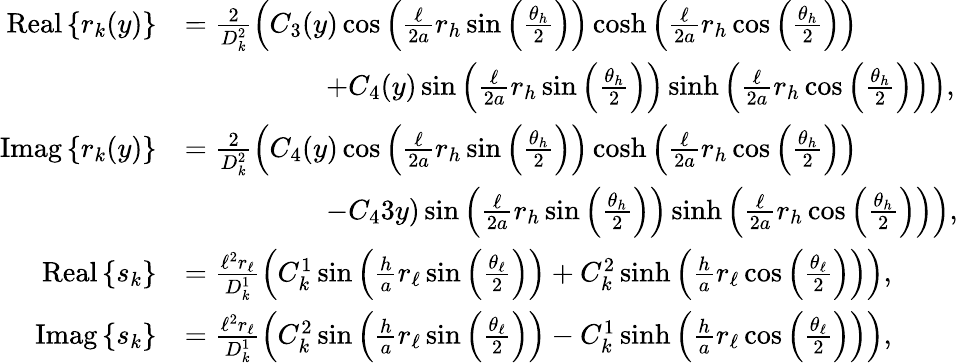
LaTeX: \begin{array}{rl}{\mathrm{Real}\left\{ r_{k}(y)\right\} }&{=\frac{2}{D_{k}^{2}}\left(C_{3}(y)\cos\left(\frac{\ell}{2a}r_{h}\sin\left(\frac{\theta_{h}}{2}\right)\right)\cosh\left(\frac{\ell}{2a}r_{h}\cos\left(\frac{\theta_{h}}{2}\right)\right)\right.}\\ &{\quad\quad\quad\quad\quad\left.+C_{4}(y)\sin\left(\frac{\ell}{2a}r_{h}\sin\left(\frac{\theta_{h}}{2}\right)\right)\sinh\left(\frac{\ell}{2a}r_{h}\cos\left(\frac{\theta_{h}}{2}\right)\right)\right),}\\ {\mathrm{Imag}\left\{ r_{k}(y)\right\} }&{=\frac{2}{D_{k}^{2}}\left(C_{4}(y)\cos\left(\frac{\ell}{2a}r_{h}\sin\left(\frac{\theta_{h}}{2}\right)\right)\cosh\left(\frac{\ell}{2a}r_{h}\cos\left(\frac{\theta_{h}}{2}\right)\right)\right.}\\ &{\quad\quad\quad\quad\quad\left.-C_{4}3y)\sin\left(\frac{\ell}{2a}r_{h}\sin\left(\frac{\theta_{h}}{2}\right)\right)\sinh\left(\frac{\ell}{2a}r_{h}\cos\left(\frac{\theta_{h}}{2}\right)\right)\right),}\\ {\mathrm{Real}\left\{ s_{k}\right\} }&{=\frac{\ell^{2}r_{\ell}}{D_{k}^{1}}\left(C_{k}^{1}\sin\left(\frac{h}{a}r_{\ell}\sin\left(\frac{\theta_{\ell}}{2}\right)\right)+C_{k}^{2}\sinh\left(\frac{h}{a}r_{\ell}\cos\left(\frac{\theta_{\ell}}{2}\right)\right)\right),}\\ {\mathrm{Imag}\left\{ s_{k}\right\} }&{=\frac{\ell^{2}r_{\ell}}{D_{k}^{1}}\left(C_{k}^{2}\sin\left(\frac{h}{a}r_{\ell}\sin\left(\frac{\theta_{\ell}}{2}\right)\right)-C_{k}^{1}\sinh\left(\frac{h}{a}r_{\ell}\cos\left(\frac{\theta_{\ell}}{2}\right)\right)\right),}\end{array}